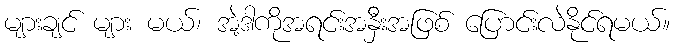
များချင် များ မယ်၊ အဲ့ဒါကိုအရင်းအနှီးအဖြစ် ပြောင်းလဲနိုင်ရမယ်။